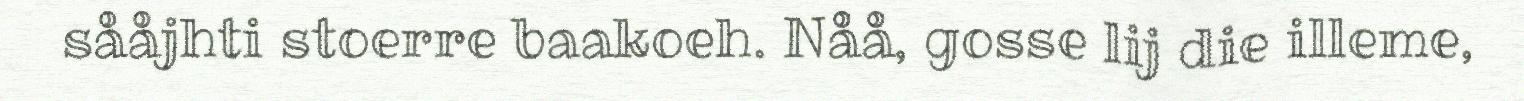
sååjhti stoerre baakoeh. Nåå, gosse lij die illeme,